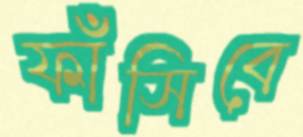
ফাঁসিবে